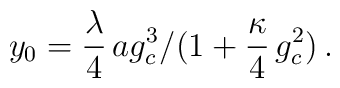
\: y_0 = \frac{\lambda}{4}\,ag_c ^3 /(1+\frac{\kappa}{4} \,g_c ^2 )\,.\: